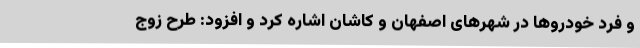
و فرد خودروها در شهرهای اصفهان و کاشان اشاره کرد و افزود: طرح زوج